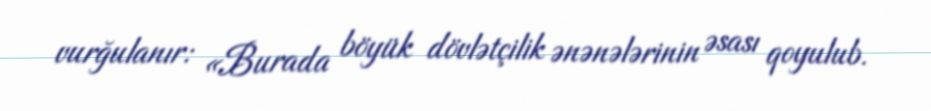
vurğulanır: «Burada böyük dövlətçilik ənənələrinin əsası qoyulub.